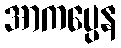
အာကပ္ပေန